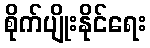
စိုက်ပျိုးနိုင်ရေး